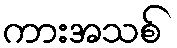
ကားအသစ်